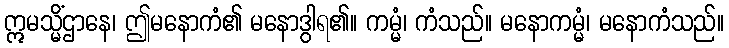
ဣမသ္မိံဌာနေ၊ ဤမနောကံ၏ မနောဒွါရ၏။ ကမ္မံ၊ ကံသည်။ မနောကမ္မံ၊ မနောကံသည်။